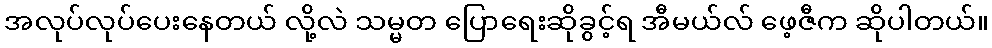
အလုပ်လုပ်ပေးနေတယ် လို့လဲ သမ္မတ ပြောရေးဆိုခွင့်ရ အီမယ်လ် ဖေ့ဇီက ဆိုပါတယ်။